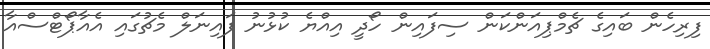
ފިރިހެން ބައިގެ ޗެމްޕިއަންކަން ސިފައިން ހޯދީ އިއްޔެ ކުޅުނު ފައިނަލް މެޗުގައި އެއާޕޯޓްސްއާ